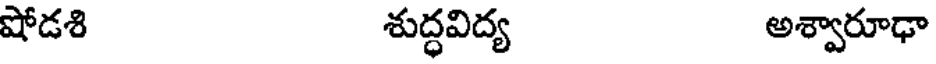
షోడశి శుద్ధవిద్య అశ్వారూఢా